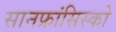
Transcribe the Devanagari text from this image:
सानफ्रांसिस्को